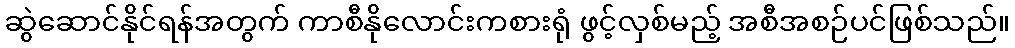
ဆွဲဆောင်နိုင်ရန်အတွက် ကာစီနိုလောင်းကစားရုံ ဖွင့်လှစ်မည့် အစီအစဉ်ပင်ဖြစ်သည်။